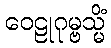
ဝေဠုဂုမ္ဗသ္မိံ